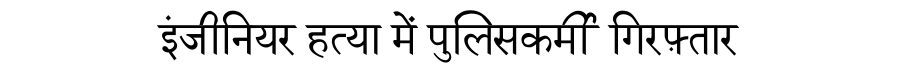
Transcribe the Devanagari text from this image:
इंजीनियर हत्या में पुलिसकर्मी गिरफ़्तार